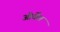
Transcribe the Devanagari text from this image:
ओर्वेल